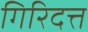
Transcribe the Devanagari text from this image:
गिरिदत्त